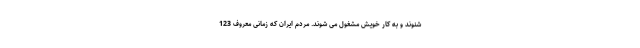
شنوند و به کار خویش مشغول می شوند. مردم ایران که زمانی معروف 123